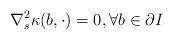
LaTeX: \begin{align*}\nabla_s^2\kappa(b, \cdot)=0, \forall b\in\partial I \end{align*}